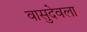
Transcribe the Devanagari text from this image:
वासुदेवला